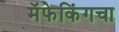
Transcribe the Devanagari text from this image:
मॅफेकिंगचा